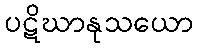
ပဋိဃာနုသယော